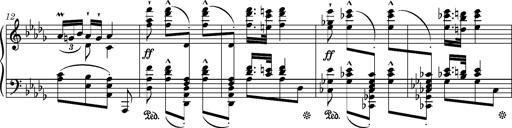
Title: Ungarische Nationalmelodien, S.243
Composer: Franz Liszt